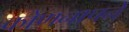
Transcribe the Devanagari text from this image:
कोणनापने